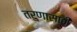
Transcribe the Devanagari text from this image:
तरुणासाठी